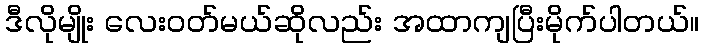
ဒီလိုမျိုး လေးဝတ်မယ်ဆိုလည်း အထာကျပြီးမိုက်ပါတယ်။